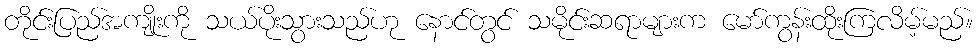
တိုင်းပြည်အကျိုးကို သယ်ပိုးသွားသည်ဟု နောင်တွင် သမိုင်းဆရာများက မော်ကွန်းထိုးကြလိမ့်မည်။